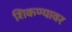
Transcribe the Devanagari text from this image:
शिकण्यावर